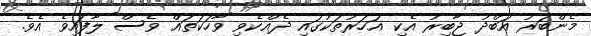
މެންބަރު އަބްދު ޖާބިރު އެކި އަހަރުތަކުގައި ދެއްކެވި ވާހަކަތައް ވެސް ލާފައިވެ އެވެ.